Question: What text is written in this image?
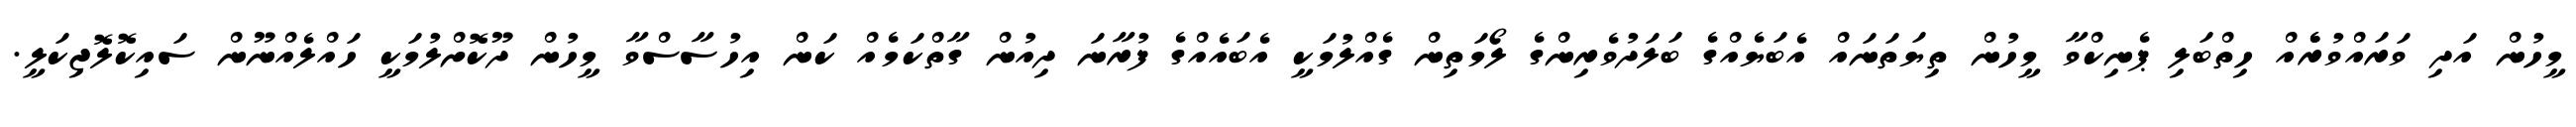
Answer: މީހުން އަދި ވަރައްވުރެެއް ހިތްބަލި ޕެނިކްވާ މީހުން ތިޔަތަނައް އެބަޔެއްގެ ބަލަދުވެރިންގެ ލޯމަތިން ގެއްލުމަކީ އެބައެއްގެ ފުރާނަ ދިއުން ގާތްކަމެއް ކަން އިހުސާސްވާ މީހުން ދޫކޮށްލުމަކީ ހައްލެއްނޫން ސައިކޮލޮޖިކަލީ.